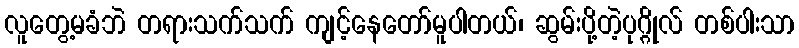
လူတွေ့မခံဘဲ တရားသက်သက် ကျင့်နေတော်မူပါတယ်၊ ဆွမ်းပို့တဲ့ပုဂ္ဂိုလ် တစ်ပါးသာ